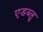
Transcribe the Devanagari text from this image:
एडब्लू